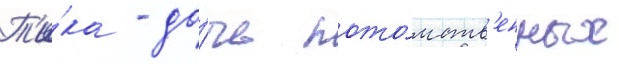
Т'и́ка - до́чь пото́мств'енных